65_HS1-834228961_62-HQ-83894_Section_2
Agency: FBI
Page 162
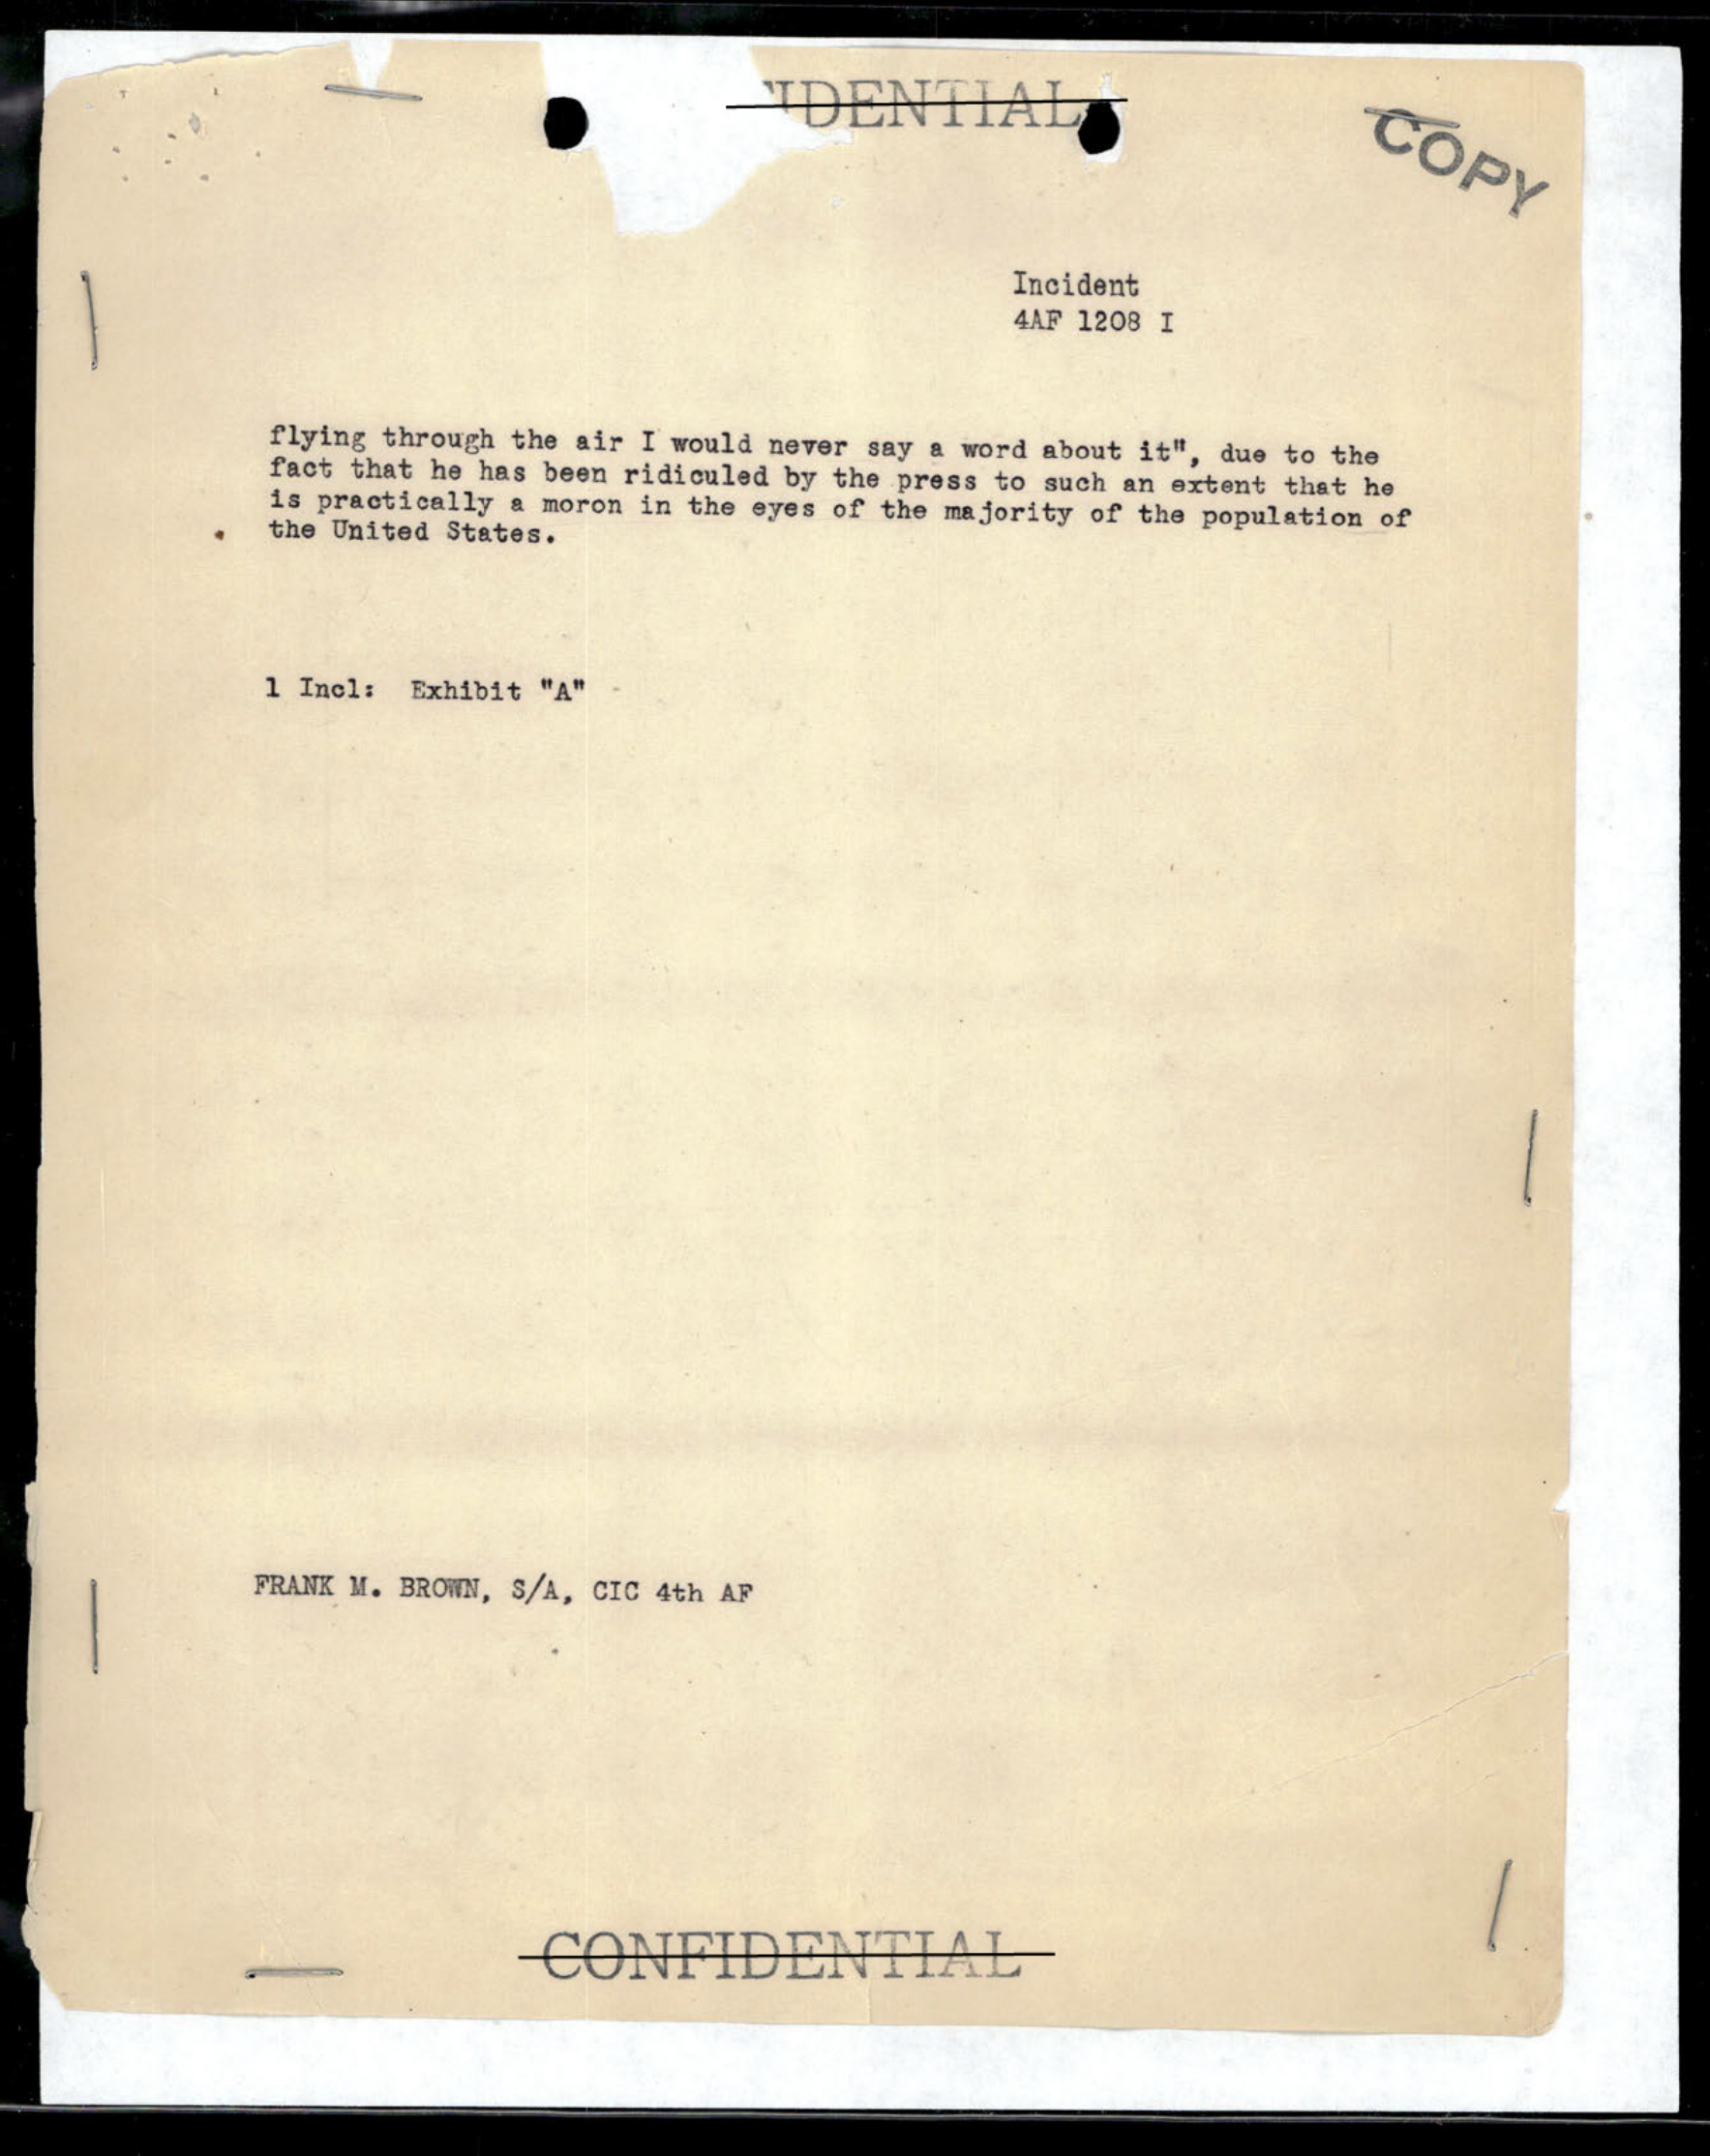